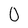
Character: 0